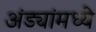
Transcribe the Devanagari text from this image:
अंड्यांमध्ये